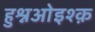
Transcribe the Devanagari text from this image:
हुश्नओइश्क़